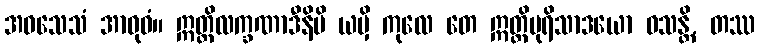
အဝသေသံ အာဝုဓံ။ ဣတ္ထိလက္ခဏာဒီနိပိ ယမှိ ကုလေ တေ ဣတ္ထိပုရိသာဒယော ဝသန္တိ, တဿ